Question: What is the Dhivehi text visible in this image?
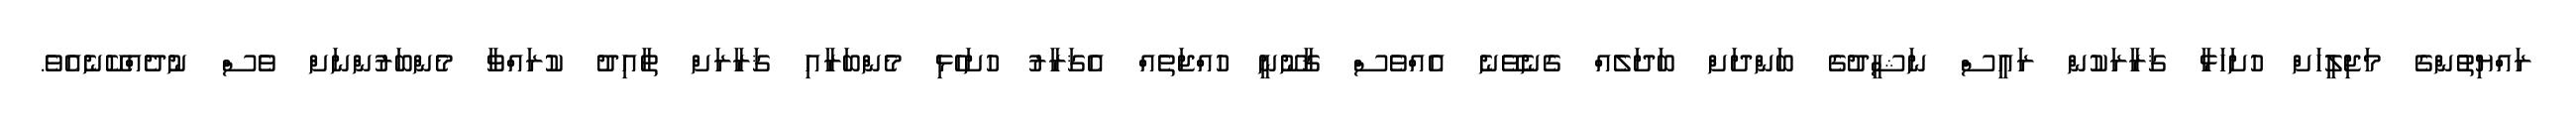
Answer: ރައްޔިތުންގެ މަޖިލީހަށް ހުށަހަޅާ ޤަރާރަކުން ރައީސް ނަޝީދުގެ ބަންދަށް ބަދަލެއް ގެނެވޭނެ އެއްވެސް ޤާނޫނީ ހުއްޖަތެއް އެޤަރާރު ހުށަހެޅި މެންބަރާއި ޤަރާރަށް ތާއިދު ކުރައްވާ މެންބަރުންނަށް ވެސް ނުދެއްކޭނެއެވެ.